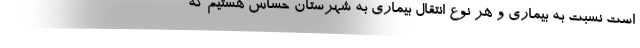
است نسبت به بیماری و هر نوع انتقال بیماری به شهرستان حساس هستیم که